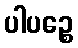
ပါပဉ္စေ